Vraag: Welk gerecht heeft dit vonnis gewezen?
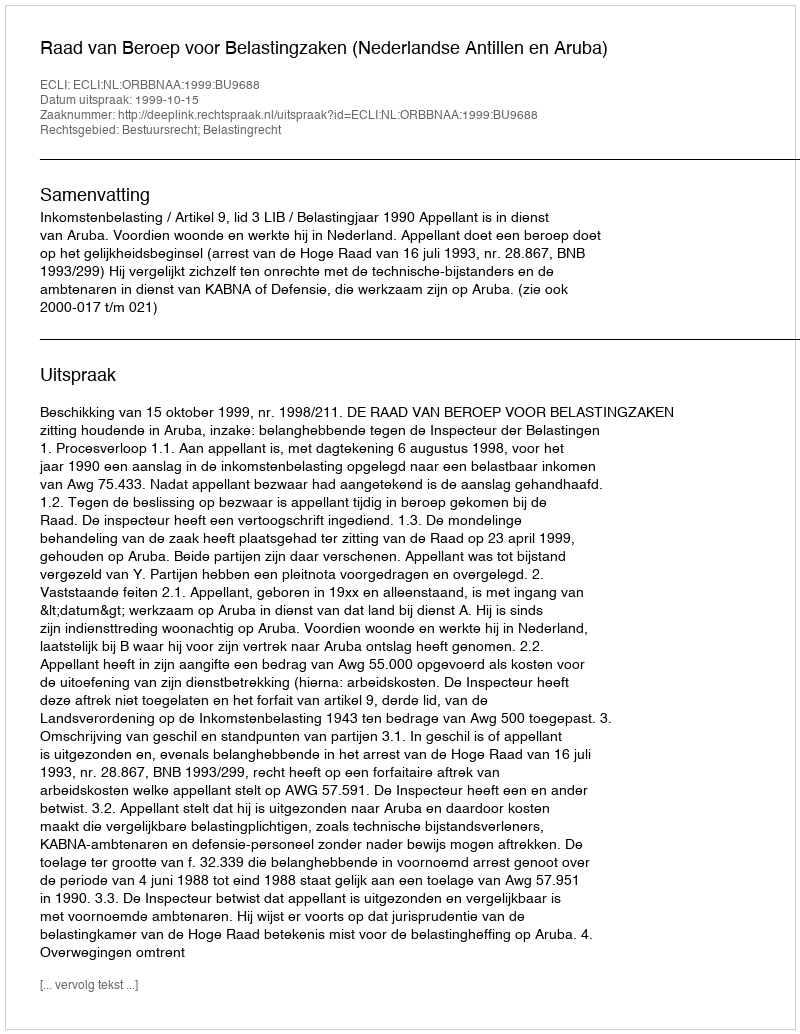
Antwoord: Raad van Beroep voor Belastingzaken (Nederlandse Antillen en Aruba)